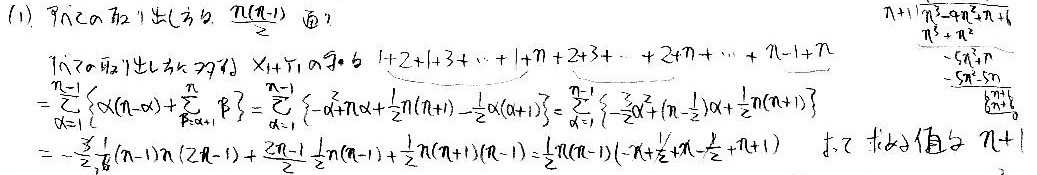
(1) $\sum_{k = 1}^{n}k(n - k)=\sum_{k = 1}^{n}(nk - k^{2})=n\sum_{k = 1}^{n}k-\sum_{k = 1}^{n}k^{2}=n\times\frac{n(n + 1)}{2}-\frac{n(n + 1)(2n + 1)}{6}=\frac{3n^{2}(n + 1)-n(n + 1)(2n + 1)}{6}=\frac{n(n + 1)(3n-(2n + 1))}{6}=\frac{n(n^{2}-1)}{6}$

$\sum_{k = 1}^{n - 1}\sum_{j = k + 1}^{n}1=\sum_{k = 1}^{n - 1}(n - k)=\frac{(n-1)n}{2}$

$\sum_{k = 1}^{n - 1}\left\{\alpha(n - k)+\sum_{j = k + 1}^{n}\beta\right\}=\sum_{k = 1}^{n - 1}\left\{-\alpha k+\alpha n+\frac{1}{2}n(n + 1)-\frac{1}{2}k(k + 1)\right\}=\sum_{k = 1}^{n - 1}\left\{-\frac{3}{2}\alpha k^{2}+\left(n-\frac{1}{2}\alpha\right)k+\frac{1}{2}n(n + 1)\right\}$

$=-\frac{3}{2}\alpha\times\frac{(n-1)n(2n - 1)}{6}+\left(n-\frac{1}{2}\alpha\right)\times\frac{(n-1)n}{2}+\frac{1}{2}n(n + 1)(n - 1)=\frac{1}{2}n(n - 1)\left(-\alpha+\frac{1}{2}\alpha n-\frac{1}{2}\alpha + n + 1\right)$

$\frac{n + 1}{n^{3}+n^{2}}\left(n^{3}-4n^{2}+n + 6\right)=\frac{n^{4}-4n^{3}+n^{2}+6n + n^{3}-4n^{2}+n + 6}{n^{3}+n^{2}}=\frac{n^{4}-3n^{3}-3n^{2}+7n + 6}{n^{3}+n^{2}}$

$=n-3+\frac{-6n^{2}+7n + 6}{n^{3}+n^{2}}$